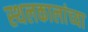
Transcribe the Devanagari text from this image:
स्थलकालांच्या